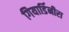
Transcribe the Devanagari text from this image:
गियार्डिनीरा